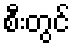
စီးတွင်